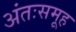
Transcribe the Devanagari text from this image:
अंतःसमूह